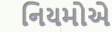
નિયમોએ